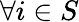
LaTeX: \forall i\in S